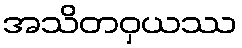
အသိတဝှယဿ